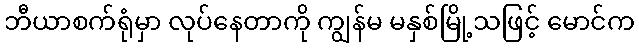
ဘီယာစက်ရုံမှာ လုပ်နေတာကို ကျွန်မ မနှစ်မြို့သဖြင့် မောင်က